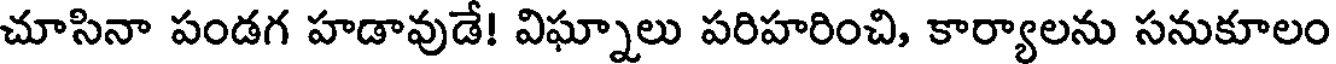
చూసినా పండగ హడావుడే! విఘ్నాలు పరిహరించి, కార్యాలను సనుకూలం